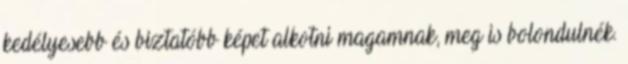
kedélyesebb és biztatóbb képet alkotni magamnak, meg is bolondulnék.